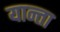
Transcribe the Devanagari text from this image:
यान्ता